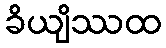
ခိယျိဿထ